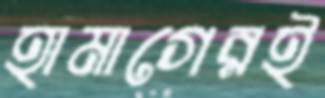
হামাগেরই